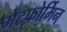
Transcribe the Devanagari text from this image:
मेटफोर्मिन